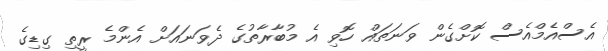
އެސްއެމްއެސް ކޮށްގެން ވަނަތައް ހޮވި އެ މުބާރާތުގެ ދެވަނައަށް އެންމެ ރީތި ގިޑިގެ